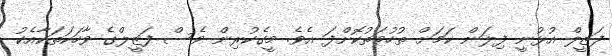
ފަޒީލް އުޅުނީ ފިލަން ކަމަށް ތުހުމަތުކޮށްފަ އެވެ. މީގެކުރިން ވެސް ފަޒީލްގެ ވާހަކަތަކާއެކު